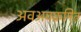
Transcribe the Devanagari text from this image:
अवअवक्रमित